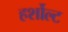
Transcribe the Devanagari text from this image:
हर्शोल्ट